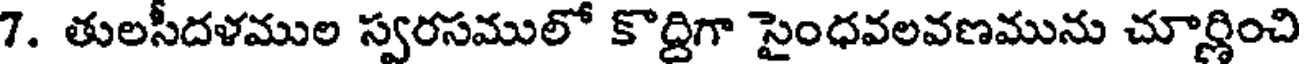
7. తులసీదళముల స్వరసములో కొద్దిగా సైంధవలవణమును చూర్ణించి